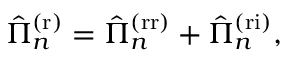
\begin{array} { r } { \hat { \Pi } _ { n } ^ { \mathrm { ( r ) } } = \hat { \Pi } _ { n } ^ { \mathrm { ( r r ) } } + \hat { \Pi } _ { n } ^ { \mathrm { ( r i ) } } , } \end{array}